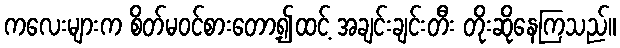
ကလေးများက စိတ်မဝင်စားတော့၍ထင့် အချင်းချင်းတီး တိုးဆိုနေကြသည်။